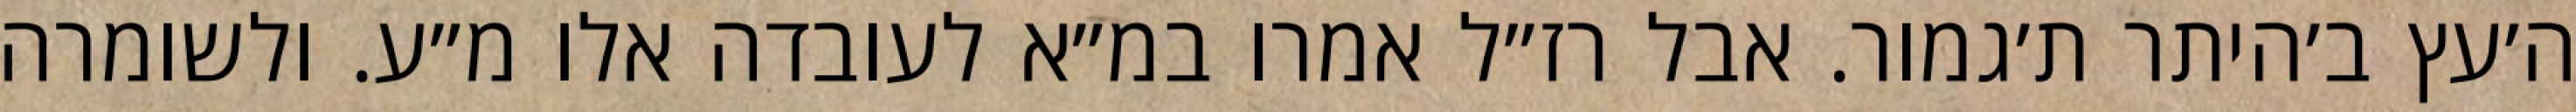
ה׳עץ ב׳היתר ת׳גמור. אבל רז״ל אמרו במ״א לעובדה אלו מ״ע. ולשומרה